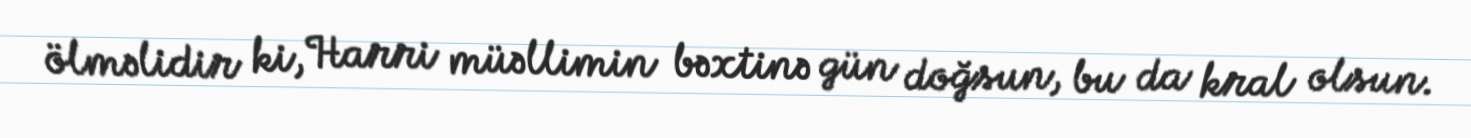
ölməlidir ki, Harri müəllimin bəxtinə gün doğsun, bu da kral olsun.